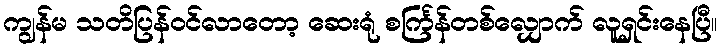
ကျွန်မ သတိပြန်ဝင်လာတော့ ဆေးရုံ စင်္ကြန်တစ်လျှောက် လူရှင်းနေပြီ။